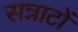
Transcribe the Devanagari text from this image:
सन्नाटों